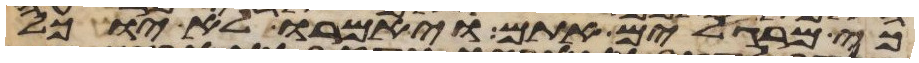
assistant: כי מרגלים אתם ויאמרו לא יוכל